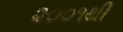
૨૦૦૧થી